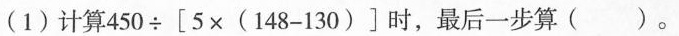
(1) 计算 450 \div [5 \times (148-130)]时，最后一步算 ()。